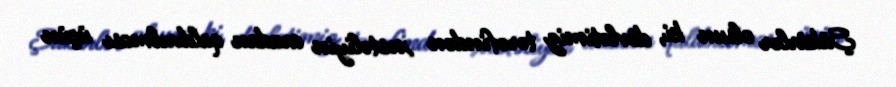
Şükürlər olsun ki, dövlətimiz tərəfindən xəstəliyin aradan qaldırılması üçün